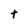
Character: t